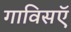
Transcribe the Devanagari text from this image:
गाविसऍ